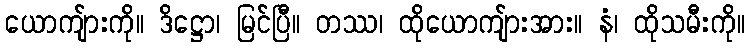
ယောကျ်ားကို။ ဒိဋ္ဌော၊ မြင်ပြီ။ တဿ၊ ထိုယောကျ်ားအား။ နံ၊ ထိုသမီးကို။